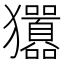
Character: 㺧